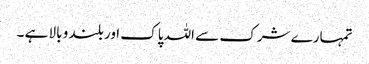
تمہارے شرک سے اللہ پاک اور بلند و بالا ہے ۔